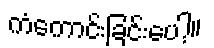
ကံကောင်းခြင်းပေါ့။